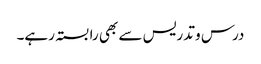
درس و تدریس سے بھی رابستہ رہے۔